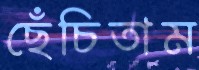
ছেঁচিতাম